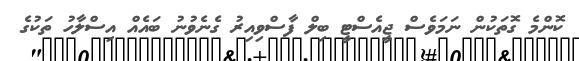
ކޮންމެ ގޮތަކުން ނަމަވެސް ޖީއެސްޓީ ބިލް ފާސްވިއިރު ގެނެވުނު ބައެއް އިސްލާހު ތަކުގެ